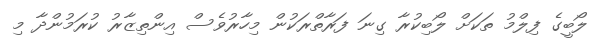
ލޯބީގެ ފިލްމު ތަކަށް ލޯބިކުރާ ގިނަ ފަރާތްރަކުން މިހާރުވެސް އިންތިޒާރު ކުރަމުންދާ މި